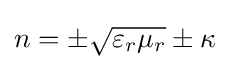
n=\pm {\sqrt {\varepsilon _{r}\mu _{r}}}\pm \kappa